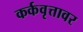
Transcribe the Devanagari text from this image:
कर्कवृत्तावर